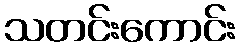
သတင်းကောင်း